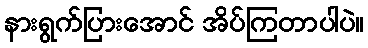
နားရွက်ပြားအောင် အိပ်ကြတာပါပဲ။